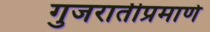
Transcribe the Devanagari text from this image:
गुजरातीप्रमाणे